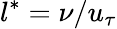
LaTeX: l^{*}=\nu/u_{\tau}